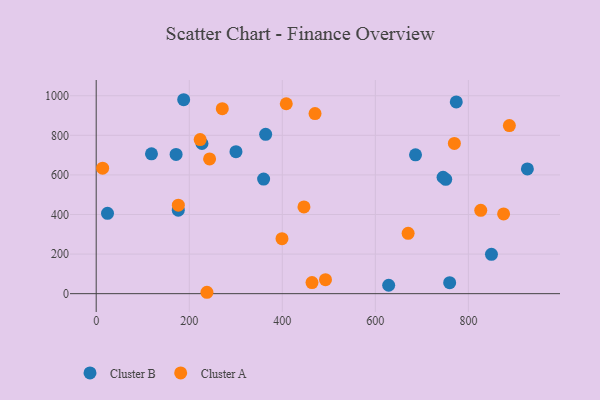
{"axis": {"x": "Speed", "y": "Demand"}, "legend": ["Cluster A", "Cluster B"], "data": [{"x": "359.8", "y": 579.2, "type": "Cluster B"}, {"x": "227.3", "y": 758.6, "type": "Cluster B"}, {"x": "188.0", "y": 979.9, "type": "Cluster B"}, {"x": "364.2", "y": 805.0, "type": "Cluster B"}, {"x": "118.8", "y": 706.4, "type": "Cluster B"}, {"x": "171.7", "y": 703.3, "type": "Cluster B"}, {"x": "759.7", "y": 55.6, "type": "Cluster B"}, {"x": "176.4", "y": 421.9, "type": "Cluster B"}, {"x": "745.5", "y": 588.3, "type": "Cluster B"}, {"x": "773.9", "y": 969.0, "type": "Cluster B"}, {"x": "300.4", "y": 717.6, "type": "Cluster B"}, {"x": "751.2", "y": 577.5, "type": "Cluster B"}, {"x": "628.6", "y": 42.6, "type": "Cluster B"}, {"x": "686.3", "y": 701.5, "type": "Cluster B"}, {"x": "849.5", "y": 198.9, "type": "Cluster B"}, {"x": "926.7", "y": 630.3, "type": "Cluster B"}, {"x": "24.3", "y": 405.8, "type": "Cluster B"}, {"x": "408.5", "y": 959.6, "type": "Cluster A"}, {"x": "826.5", "y": 421.0, "type": "Cluster A"}, {"x": "670.4", "y": 304.9, "type": "Cluster A"}, {"x": "271.0", "y": 934.6, "type": "Cluster A"}, {"x": "223.4", "y": 778.5, "type": "Cluster A"}, {"x": "238.0", "y": 7.0, "type": "Cluster A"}, {"x": "492.8", "y": 70.8, "type": "Cluster A"}, {"x": "13.8", "y": 634.1, "type": "Cluster A"}, {"x": "176.5", "y": 447.3, "type": "Cluster A"}, {"x": "446.5", "y": 438.2, "type": "Cluster A"}, {"x": "470.3", "y": 910.1, "type": "Cluster A"}, {"x": "243.7", "y": 680.6, "type": "Cluster A"}, {"x": "875.6", "y": 402.9, "type": "Cluster A"}, {"x": "399.3", "y": 278.0, "type": "Cluster A"}, {"x": "769.8", "y": 759.2, "type": "Cluster A"}, {"x": "463.8", "y": 55.8, "type": "Cluster A"}, {"x": "888.0", "y": 849.4, "type": "Cluster A"}]}